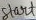
Text: Start